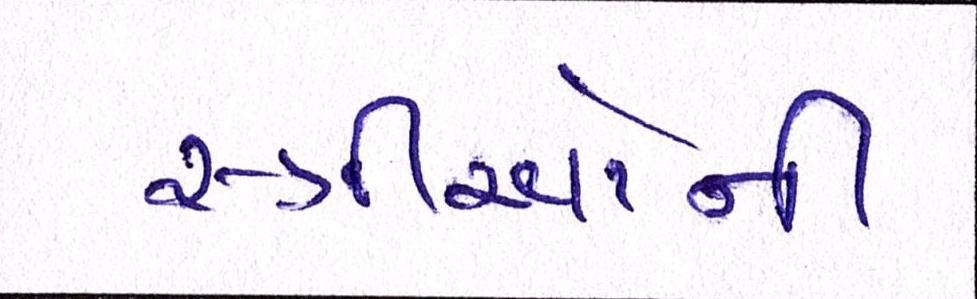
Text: સ્ત્રીઓની